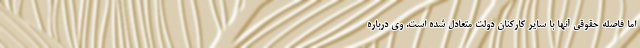
اما فاصله حقوقی آنها با سایر کارکنان دولت متعادل شده است. وی درباره